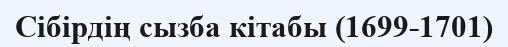
Сібірдің сызба кітабы (1699-1701)